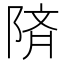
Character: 𫕅